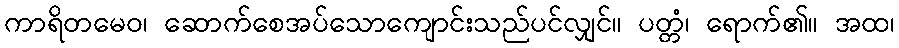
ကာရိတမေဝ၊ ဆောက်စေအပ်သောကျောင်းသည်ပင်လျှင်။ ပတ္တံ၊ ရောက်၏။ အထ၊